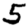
Digit: 5